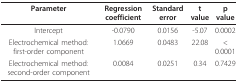
<table><thead><tr><td><b>Parameter</b></td><td><b>Regression coefficient</b></td><td><b>Standard error</b></td><td><b>t value</b></td><td><b>p value</b></td></tr></thead><tbody><tr><td>Intercept</td><td>-0.0790</td><td>0.0156</td><td>-5.07</td><td>0.0002</td></tr><tr><td>Electrochemical method: first-order component</td><td>1.0669</td><td>0.0483</td><td>22.08</td><td>&lt; 0.0001</td></tr><tr><td>Electrochemical method: second-order component</td><td>0.0084</td><td>0.0251</td><td>0.34</td><td>0.7429</td></tr></tbody></table>